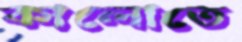
কালোতে